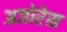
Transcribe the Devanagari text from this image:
अजोरेस